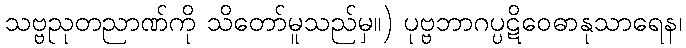
သဗ္ဗညုတညာဏ်ကို သိတော်မူသည်မှ။) ပုဗ္ဗဘာဂပ္ပဋိဝေဓာနုသာရေန၊